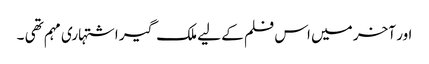
اور آخر میں اس فلم کے لیے ملک گیر اشتہاری مہم تھی ۔